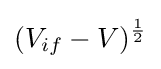
(V_{if}-V)^{\frac {1}{2}}